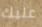
عليك